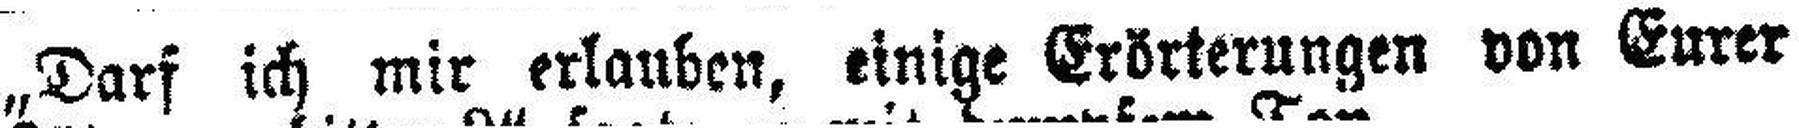
„Darf ich mir erlauben, einige Erörterungen von Eurer